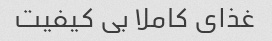
غذای کاملا بی کیفیت